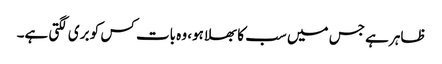
ظاہر ہے جس میں سب کا بھلا ہو، وہ بات کس کو بری لگتی ہے۔